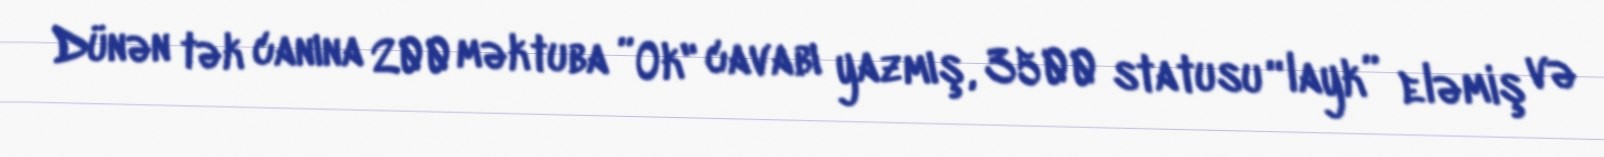
Dünən tək canına 200 məktuba ”Ok" cavabı yazmış, 3500 statusu “layk” eləmiş və